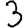
Digit: 3